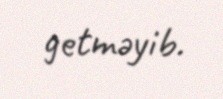
getməyib.